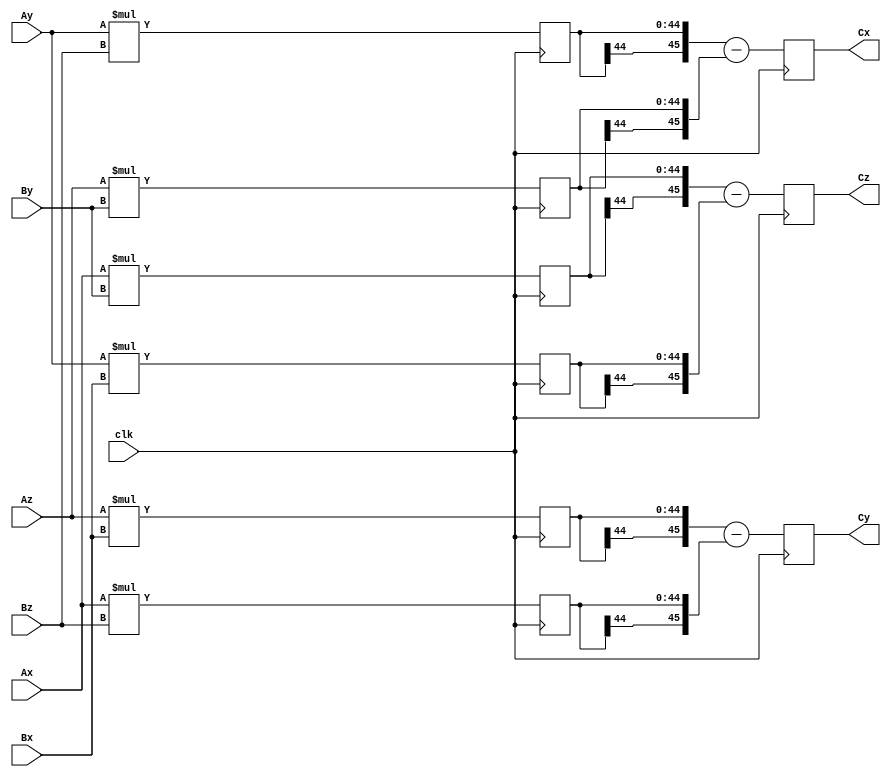
module crossproduct29x16 (Ax, Ay, Az, Bx, By, Bz, Cx, Cy, Cz, clk);
    input[29 - 1:0] Ax; 
    input[29 - 1:0] Ay; 
    input[29 - 1:0] Az; 
    input[16 - 1:0] Bx; 
    input[16 - 1:0] By; 
    input[16 - 1:0] Bz; 
    output[29 + 16:0] Cx; 
    reg[29 + 16:0] Cx;
    output[29 + 16:0] Cy; 
    reg[29 + 16:0] Cy;
    output[29 + 16:0] Cz; 
    reg[29 + 16:0] Cz;
    input clk; 
    reg[29 + 16 - 1:0] AyBz; 
    reg[29 + 16 - 1:0] AzBy; 
    reg[29 + 16 - 1:0] AzBx; 
    reg[29 + 16 - 1:0] AxBz; 
    reg[29 + 16 - 1:0] AxBy; 
    reg[29 + 16 - 1:0] AyBx; 
    always @(posedge clk)
    begin
       AyBz <= Ay * Bz ; 
       AzBy <= Az * By ; 
       AzBx <= Az * Bx ; 
       AxBz <= Ax * Bz ; 
       AxBy <= Ax * By ; 
       AyBx <= Ay * Bx ; 
       Cx <= ({AyBz[29 + 16 - 1], AyBz}) - ({AzBy[29 + 16 - 1], AzBy}) ; 
       Cy <= ({AzBx[29 + 16 - 1], AzBx}) - ({AxBz[29 + 16 - 1], AxBz}) ; 
       Cz <= ({AxBy[29 + 16 - 1], AxBy}) - ({AyBx[29 + 16 - 1], AyBx}) ;  
    end 
 endmodule